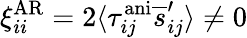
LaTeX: \xi_{ii}^{\mathrm{AR}}=2\langle\tau_{ij}^{\mathrm{ani}}\overline{{s}}_{ij}^{\prime}\rangle\neq 0